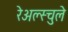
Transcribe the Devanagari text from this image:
रेअल्स्चुले